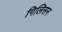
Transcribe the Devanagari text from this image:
गिलिसन